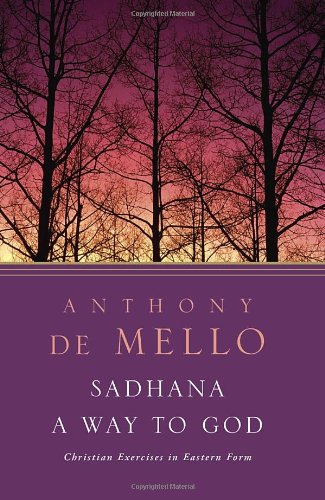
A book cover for Sadhana, a Way to God: Christian Exercises in Eastern Form; Anthony de Mello; Christian Books & Bibles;